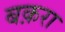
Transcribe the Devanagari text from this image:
बक़रा